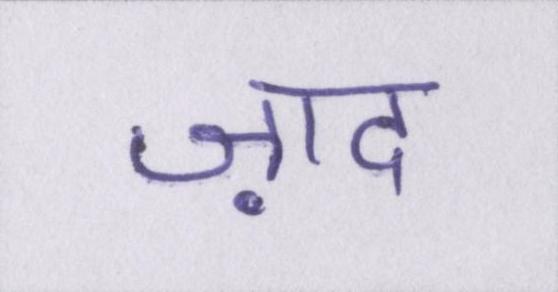
ज़ाद